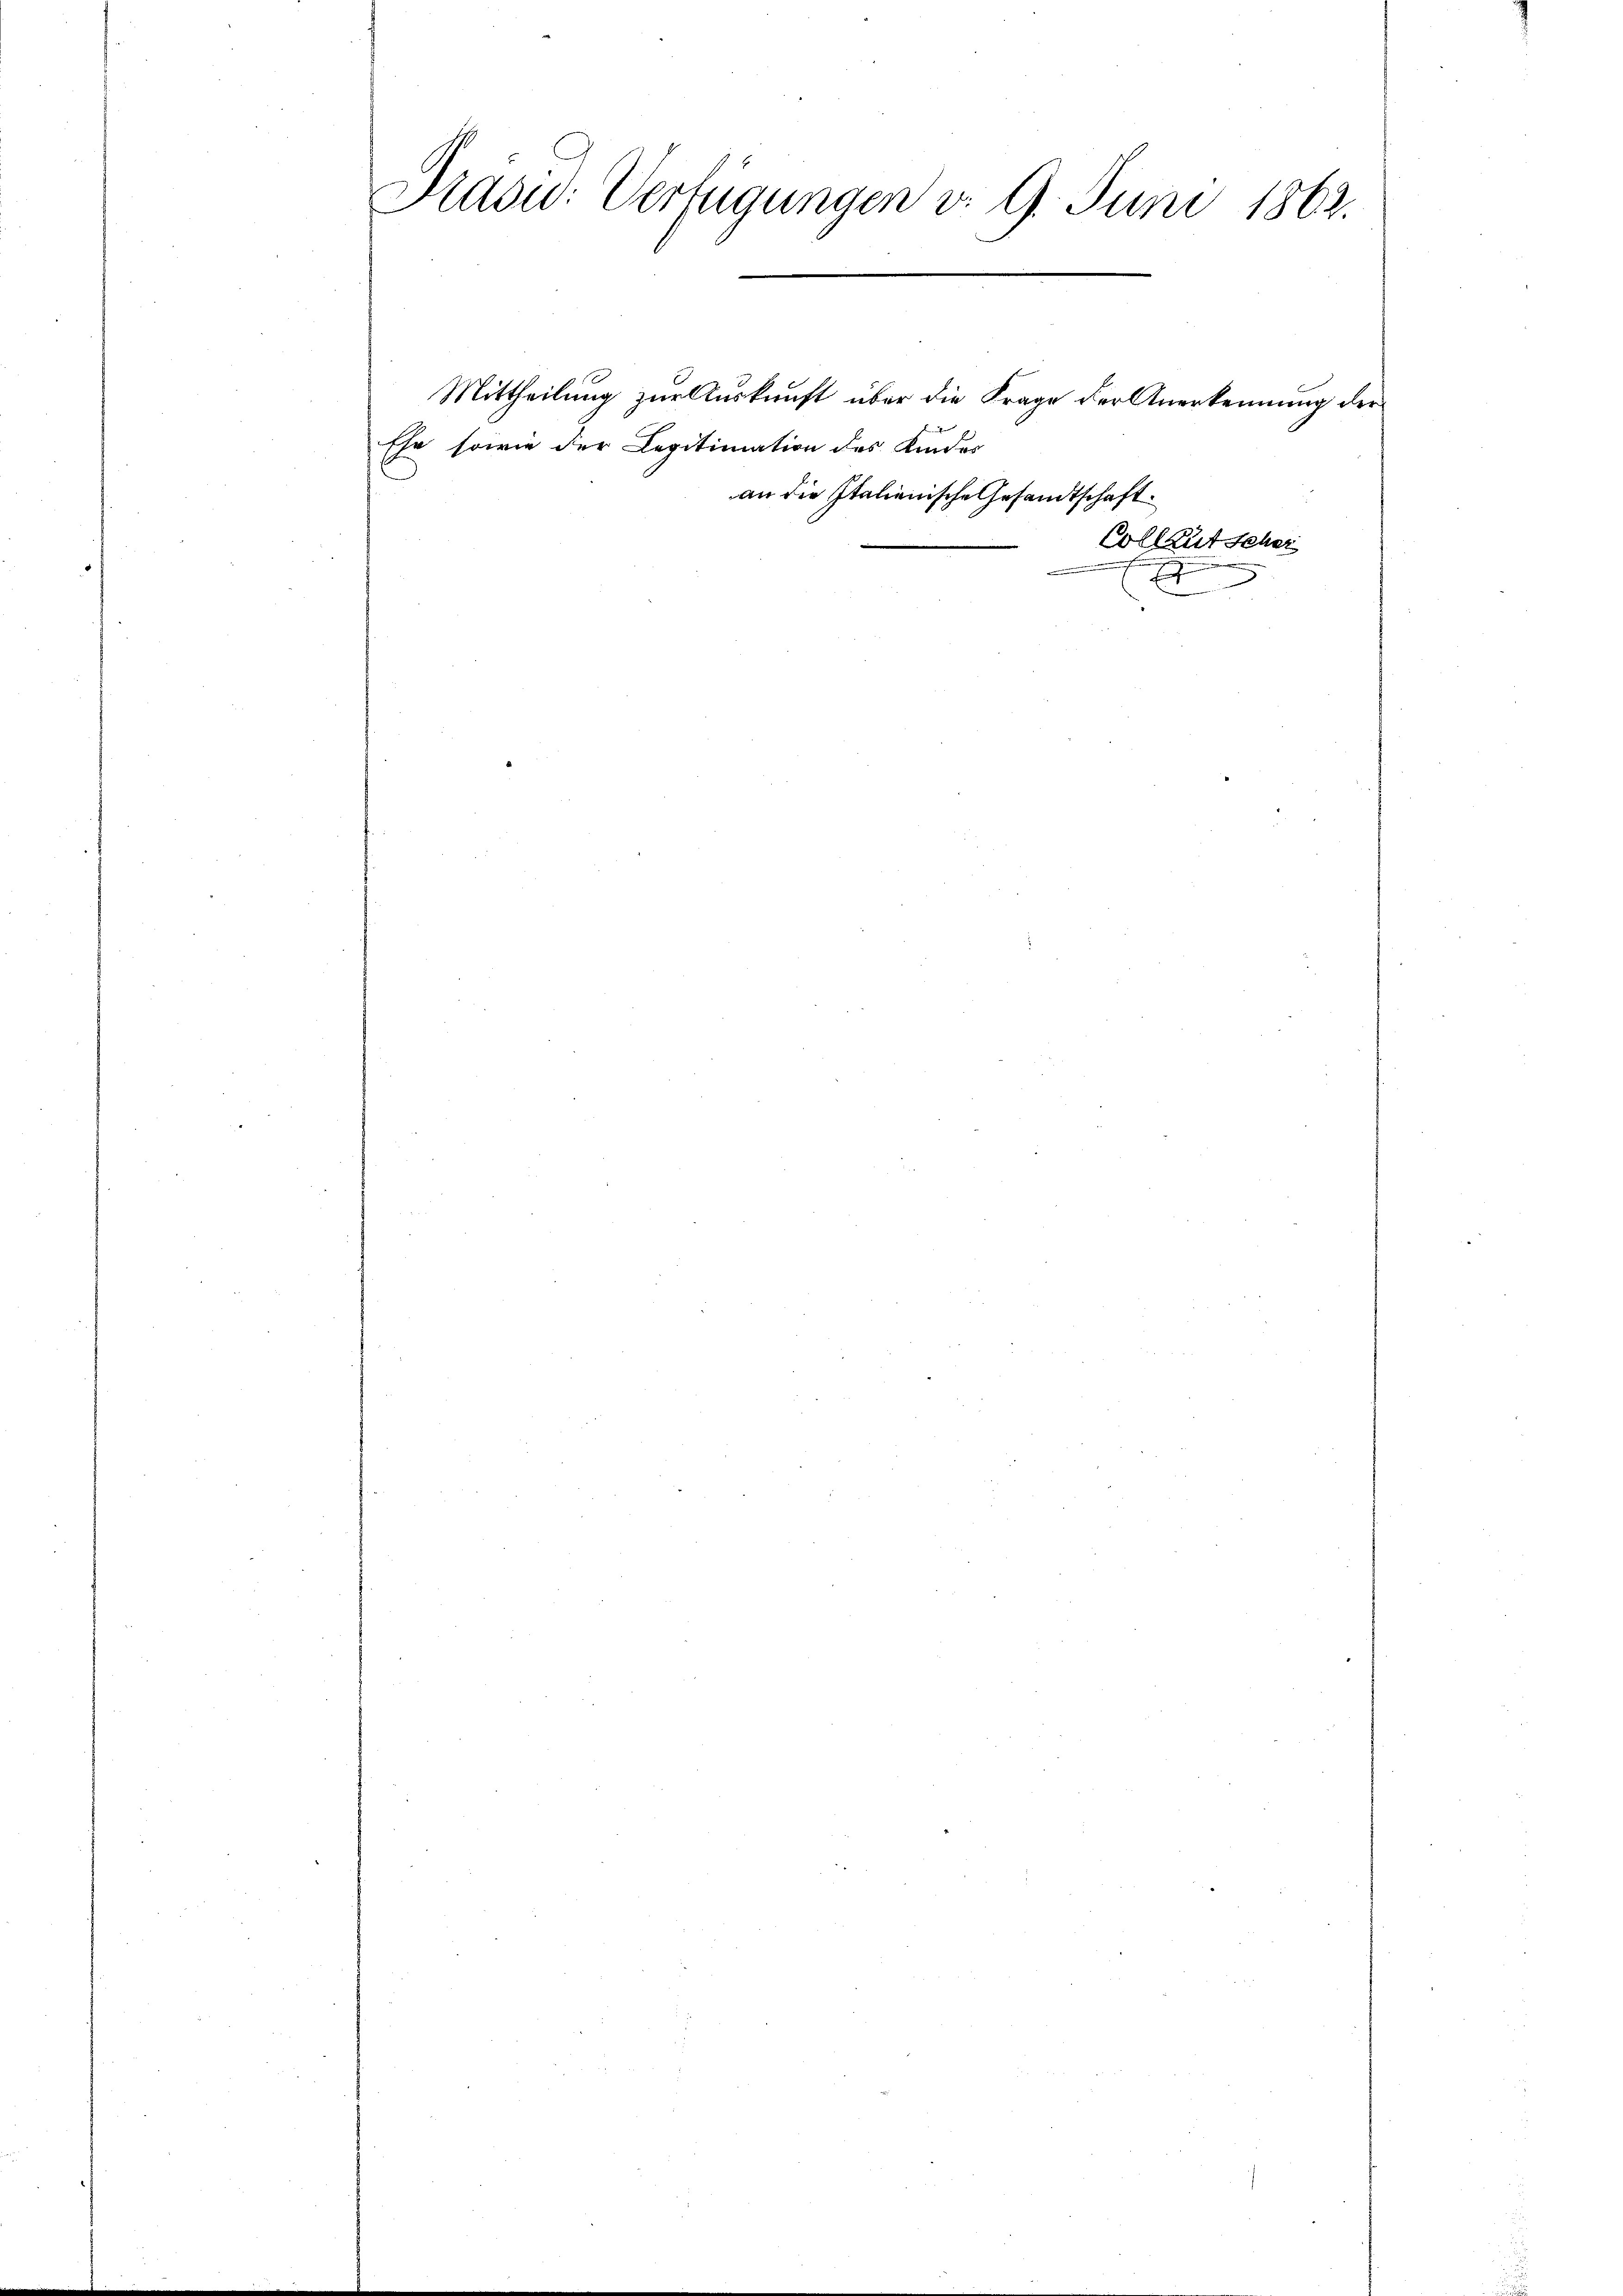
Präsid. Verfügungen d. 9. Juni 1862.
E

Ehe, sowie der Legitimation des Kindes

Mittheilung zur Auskunft über die Frage der Anerkennung der
an die Italienische Gesandtschaft.

Collaut Scher
x